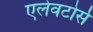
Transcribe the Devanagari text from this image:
एलेवटोर्स